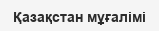
Қазақстан мұғалімі